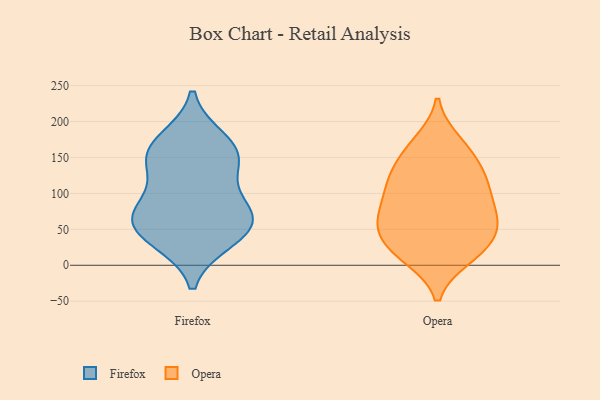
{"axis": {"x": "Latency (ms)", "y": "Value"}, "legend": ["Firefox", "Opera"], "data": [{"x": "", "y": 62, "type": "Firefox"}, {"x": "", "y": 67, "type": "Firefox"}, {"x": "", "y": 152, "type": "Firefox"}, {"x": "", "y": 91, "type": "Firefox"}, {"x": "", "y": 173, "type": "Firefox"}, {"x": "", "y": 155, "type": "Firefox"}, {"x": "", "y": 36, "type": "Firefox"}, {"x": "", "y": 44, "type": "Firefox"}, {"x": "", "y": 143, "type": "Firefox"}, {"x": "", "y": 68, "type": "Firefox"}, {"x": "", "y": 117, "type": "Opera"}, {"x": "", "y": 172, "type": "Opera"}, {"x": "", "y": 46, "type": "Opera"}, {"x": "", "y": 101, "type": "Opera"}, {"x": "", "y": 45, "type": "Opera"}, {"x": "", "y": 13, "type": "Opera"}, {"x": "", "y": 36, "type": "Opera"}, {"x": "", "y": 70, "type": "Opera"}, {"x": "", "y": 168, "type": "Opera"}, {"x": "", "y": 95, "type": "Opera"}, {"x": "", "y": 153, "type": "Opera"}, {"x": "", "y": 124, "type": "Opera"}, {"x": "", "y": 121, "type": "Opera"}, {"x": "", "y": 72, "type": "Opera"}, {"x": "", "y": 36, "type": "Opera"}, {"x": "", "y": 13, "type": "Opera"}, {"x": "", "y": 68, "type": "Opera"}, {"x": "", "y": 134, "type": "Opera"}, {"x": "", "y": 11, "type": "Opera"}, {"x": "", "y": 69, "type": "Opera"}]}